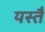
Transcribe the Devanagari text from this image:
यस्तै